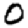
Digit: 0